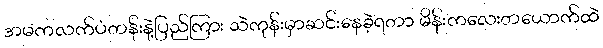
အမကလက်ပံတန်းနဲ့ပြည်ကြား သဲကုန်းမှာဆင်းနေခဲ့ရတာ မိန်းကလေးတယောက်ထဲ